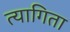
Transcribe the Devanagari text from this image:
त्यागिता